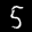
Label: 5